Lunatic asylums in Bengal annual reports 1888-1898 - 1888-1898
Year: 1888
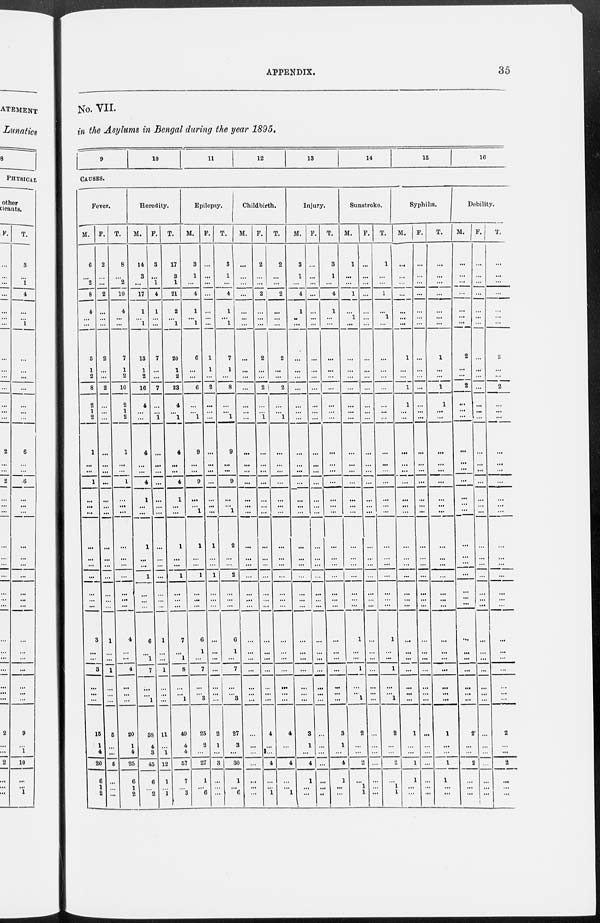
APPENDIX.
35
No. VII.
in the Asylums in Bengal during the year 1895.
9
10
11
12
13
14
15
16
CAUSES.
Fever.
M.
6
...
2
8
4
...
...
5
1
2
8
2
1
2
1
...
...
1
...
...
...
...
...
...
...
...
...
...
3
...
...
3
...
...
...
15
1
4
20
6
1
2
F.
2
...
...
2
...
...
...
2
...
...
2
...
...
...
...
...
...
...
...
...
...
...
...
...
...
...
...
...
1
...
...
1
...
...
...
5
...
...
5
...
...
...
T.
8
...
2
10
4
...
...
7
1
2
10
2
1
2
1
...
...
1
...
...
...
...
...
...
...
...
...
...
4
...
...
4
...
...
...
20
1
4
25
6
1
2
Heredity.
M.
14
3
...
17
1
...
1
13
1
2
16
4
...
...
4
...
...
4
1
...
...
1
...
...
1
...
...
...
6
...
1
7
...
...
1
38
4
3
45
6
...
2
F.
3
...
1
4
1
...
...
7
...
...
7
...
...
1
...
...
...
...
...
...
...
...
...
...
...
...
...
...
1
...
...
1
...
...
...
11
...
1
12
1
...
1
T.
17
3
1
21
2
...
1
20
1
2
23
4
...
1
4
...
...
4
1
...
...
1
...
...
1
...
...
...
7
...
1
8
...
...
1
49
4
4
57
7
...
3
Epilepsy.
M.
3
1
...
4
1
...
1
6
...
...
6
...
...
1
9
...
...
9
...
...
1
1
...
...
1
...
...
...
6
1
...
7
...
...
3
25
2
...
27
1
...
6
F.
...
...
...
...
...
...
...
1
1
...
2
...
...
...
...
...
...
...
...
...
...
1
...
...
1
...
...
...
...
...
...
...
...
...
...
2
1
...
3
...
...
...
T.
3
1
...
4
1
...
1
7
1
...
8
...
...
1
9
...
...
9
...
...
1
2
...
...
2
...
...
...
6
1
...
7
...
...
3
27
3
...
30
1
...
6
Childbirth.
M.
...
...
...
...
...
...
...
...
...
...
...
...
...
...
...
...
...
...
...
...
...
...
...
...
...
...
...
...
...
...
...
...
...
...
...
...
...
...
...
...
...
...
F.
2
...
...
2
...
...
...
2
...
...
2
...
...
1
...
...
...
...
...
...
...
...
...
...
...
...
...
...
...
...
...
...
...
...
...
4
...
...
4
...
...
1
T.
2
...
...
2
...
...
...
2
...
...
2
...
...
1
...
...
...
...
...
...
...
...
...
...
...
...
...
...
...
...
...
...
...
...
...
4
...
...
4
...
...
1
Injury.
M.
3
1
...
4
1
...
...
...
...
...
...
...
...
...
...
...
...
...
...
...
...
...
...
...
...
...
...
...
...
...
...
...
...
...
...
3
1
...
4
1
...
...
F.
...
...
...
...
...
...
...
...
...
...
...
...
...
...
...
...
...
...
...
...
...
...
...
...
...
...
...
...
...
...
...
...
...
...
...
...
...
...
...
...
...
...
T.
3
1
...
4
1
...
...
...
...
...
...
...
...
...
...
...
...
...
...
...
...
...
...
...
...
...
...
...
...
...
...
...
...
...
...
3
1
...
4
1
...
...
Sunstroke.
M.
1
...
...
1
...
1
...
...
...
...
...
...
...
...
...
...
...
...
...
...
...
...
...
...
...
...
...
...
...
...
...
...
...
...
1
2
...
...
2
...
1
1
F.
...
...
...
...
...
...
...
...
...
...
...
...
...
...
...
...
...
...
...
...
...
...
...
...
...
...
...
...
1
...
...
1
...
...
...
...
...
...
...
...
...
...
T.
1
...
...
1
...
1
...
...
...
...
...
...
...
...
...
...
...
...
...
...
...
...
...
...
...
...
...
...
...
...
...
...
...
...
1
2
...
...
2
...
1
1
Syphilis.
M.
...
...
...
...
...
...
...
1
...
...
1
1
...
...
...
...
...
...
...
...
...
...
...
...
...
...
...
...
...
...
...
1
...
...
...
1
...
...
1
1
...
...
F.
...
...
...
...
...
...
...
...
...
...
...
...
...
...
...
...
...
...
...
...
...
...
...
...
...
...
...
...
...
...
...
...
...
...
...
...
...
...
...
...
...
...
T.
...
...
...
...
...
...
...
1
...
...
1
1
...
...
...
...
...
...
...
...
...
...
...
...
...
...
...
...
...
...
...
...
...
...
...
1
...
...
1
1
...
...
Debility.
M.
...
...
...
...
...
...
...
2
...
...
2
...
...
...
...
...
...
...
...
...
...
...
...
...
...
...
...
...
...
...
...
...
...
...
...
2
...
...
2
...
...
...
F.
...
...
...
...
...
...
...
...
...
...
...
...
...
...
...
...
...
...
...
...
...
...
...
...
...
...
...
...
...
...
...
...
...
...
...
...
...
...
...
...
...
...
T.
...
...
...
...
...
...
...
2
...
...
2
...
...
...
...
...
...
...
...
...
...
...
...
...
...
...
...
...
...
...
...
...
...
...
...
2
...
...
2
...
...
...